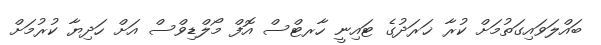
ބައްލަވައިގަތުމަށް ކުރާ ޚަރަދުގެ ޓައިނީ ހާރޓްސް އޮފް މޯލްޑިވްސް އަށް ހަދިޔާ ކުރުމަށް